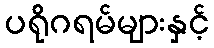
ပရိုဂရမ်များနှင့်